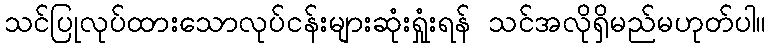
သင်ပြုလုပ်ထားသောလုပ်ငန်းများဆုံးရှုံးရန် သင်အလိုရှိမည်မဟုတ်ပါ။